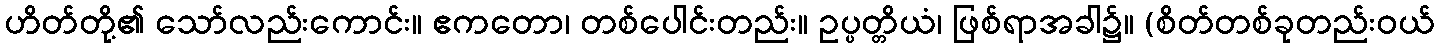
ဟိတ်တို့၏ သော်လည်းကောင်း။ ဧကတော၊ တစ်ပေါင်းတည်း။ ဥပ္ပတ္တိယံ၊ ဖြစ်ရာအခါ၌။ (စိတ်တစ်ခုတည်းဝယ်